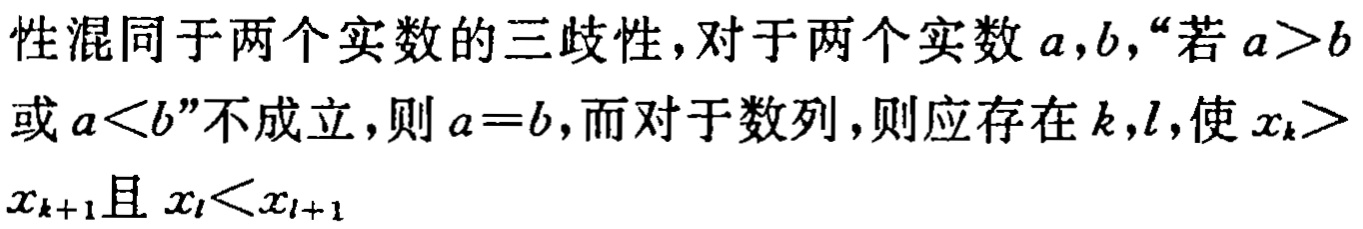
性混同于两个实数的三歧性,对于两个实数\(a,b\)，“若\(a > b\)或\(a < b\)”不成立，则\(a = b\)，而对于数列，则应存在\(k,l\)，使\(x_{k}>x_{k + 1}\)且\(x_{l}<x_{l + 1}\)